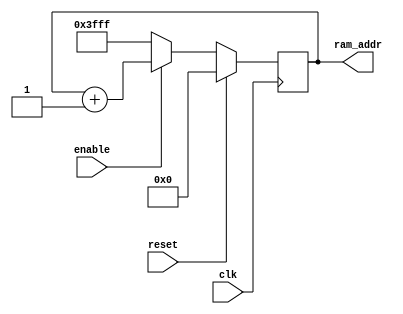
// max freq 382MHz

module ramAddress
#(
	parameter address_width = 14,
	parameter max_ram_address = 16384,
	parameter burst_index = 8
)

(
	clk,
	ram_addr,
	enable,
	reset
);
	
	input wire clk, enable, reset;
	
	output reg [address_width-1:0] ram_addr;

	initial begin
		ram_addr = {address_width{1'b0}};
	end

	always @ (posedge clk)
	begin
		if (enable) begin
			ram_addr = ram_addr + 14'b1;
		end
		else begin
			ram_addr = 14'd16383;
		end
		if (reset) begin
			ram_addr = {address_width{1'b0}};
		end
	end

endmodule